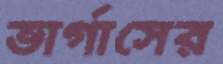
ভার্গাসের